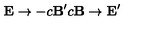
{ \bf E } \rightarrow - c { { \bf B } ^ { \prime } } c { \bf B } \rightarrow { { \bf E } ^ { \prime } }